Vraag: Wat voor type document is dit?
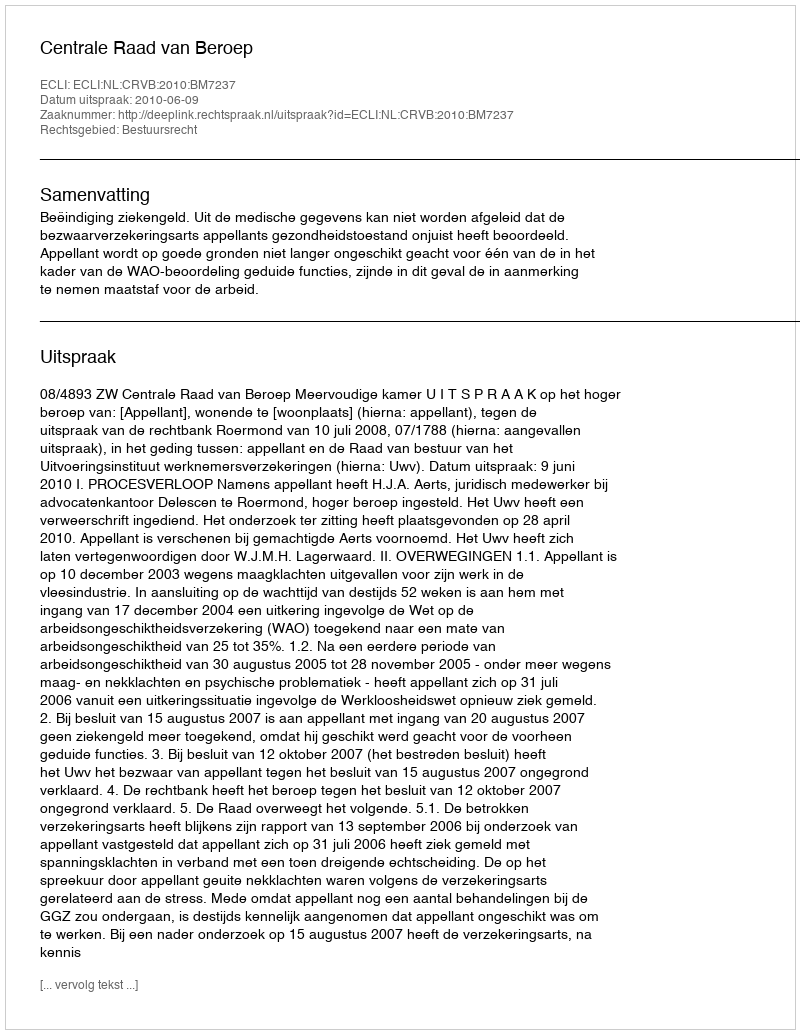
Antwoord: Uitspraak